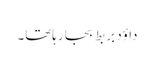
داؤد بر بط بجا رہاتھا۔